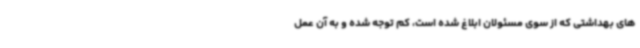
های بهداشتی که از سوی مسئولان ابلاغ شده است، کم توجه شده و به آن عمل